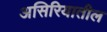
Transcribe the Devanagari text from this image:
असिरियातील